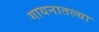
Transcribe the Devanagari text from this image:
गायनातल्या